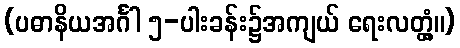
(ပဓာနိယအင်္ဂါ ၅-ပါးခန်း၌အကျယ် ရေးလတ္တံ့။)